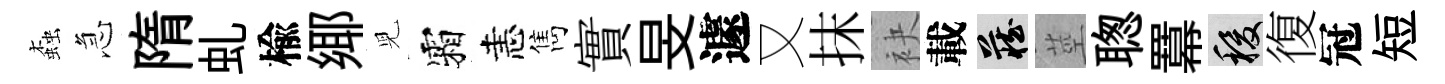
螙急隋虬楡鄊児霜恚雋實旻遽又抹袂載藏莖聦羃稷復冠短